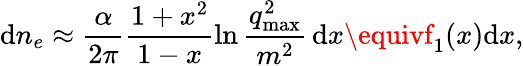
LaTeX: \mathrm{d}n_{e}\approx\frac{{\alpha}}{{2\pi}}\frac{{1+x^{2}}}{{1-x}}\ln{\frac{{q_{\mathrm{{max}}}^{2}}}{{m^{2}}}}\, \mathrm{d}x\equivf_{1}(x)\mathrm{d}x,